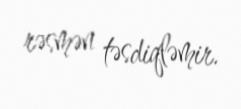
rəsmən təsdiqləmir.